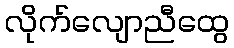
လိုက်လျောညီထွေ